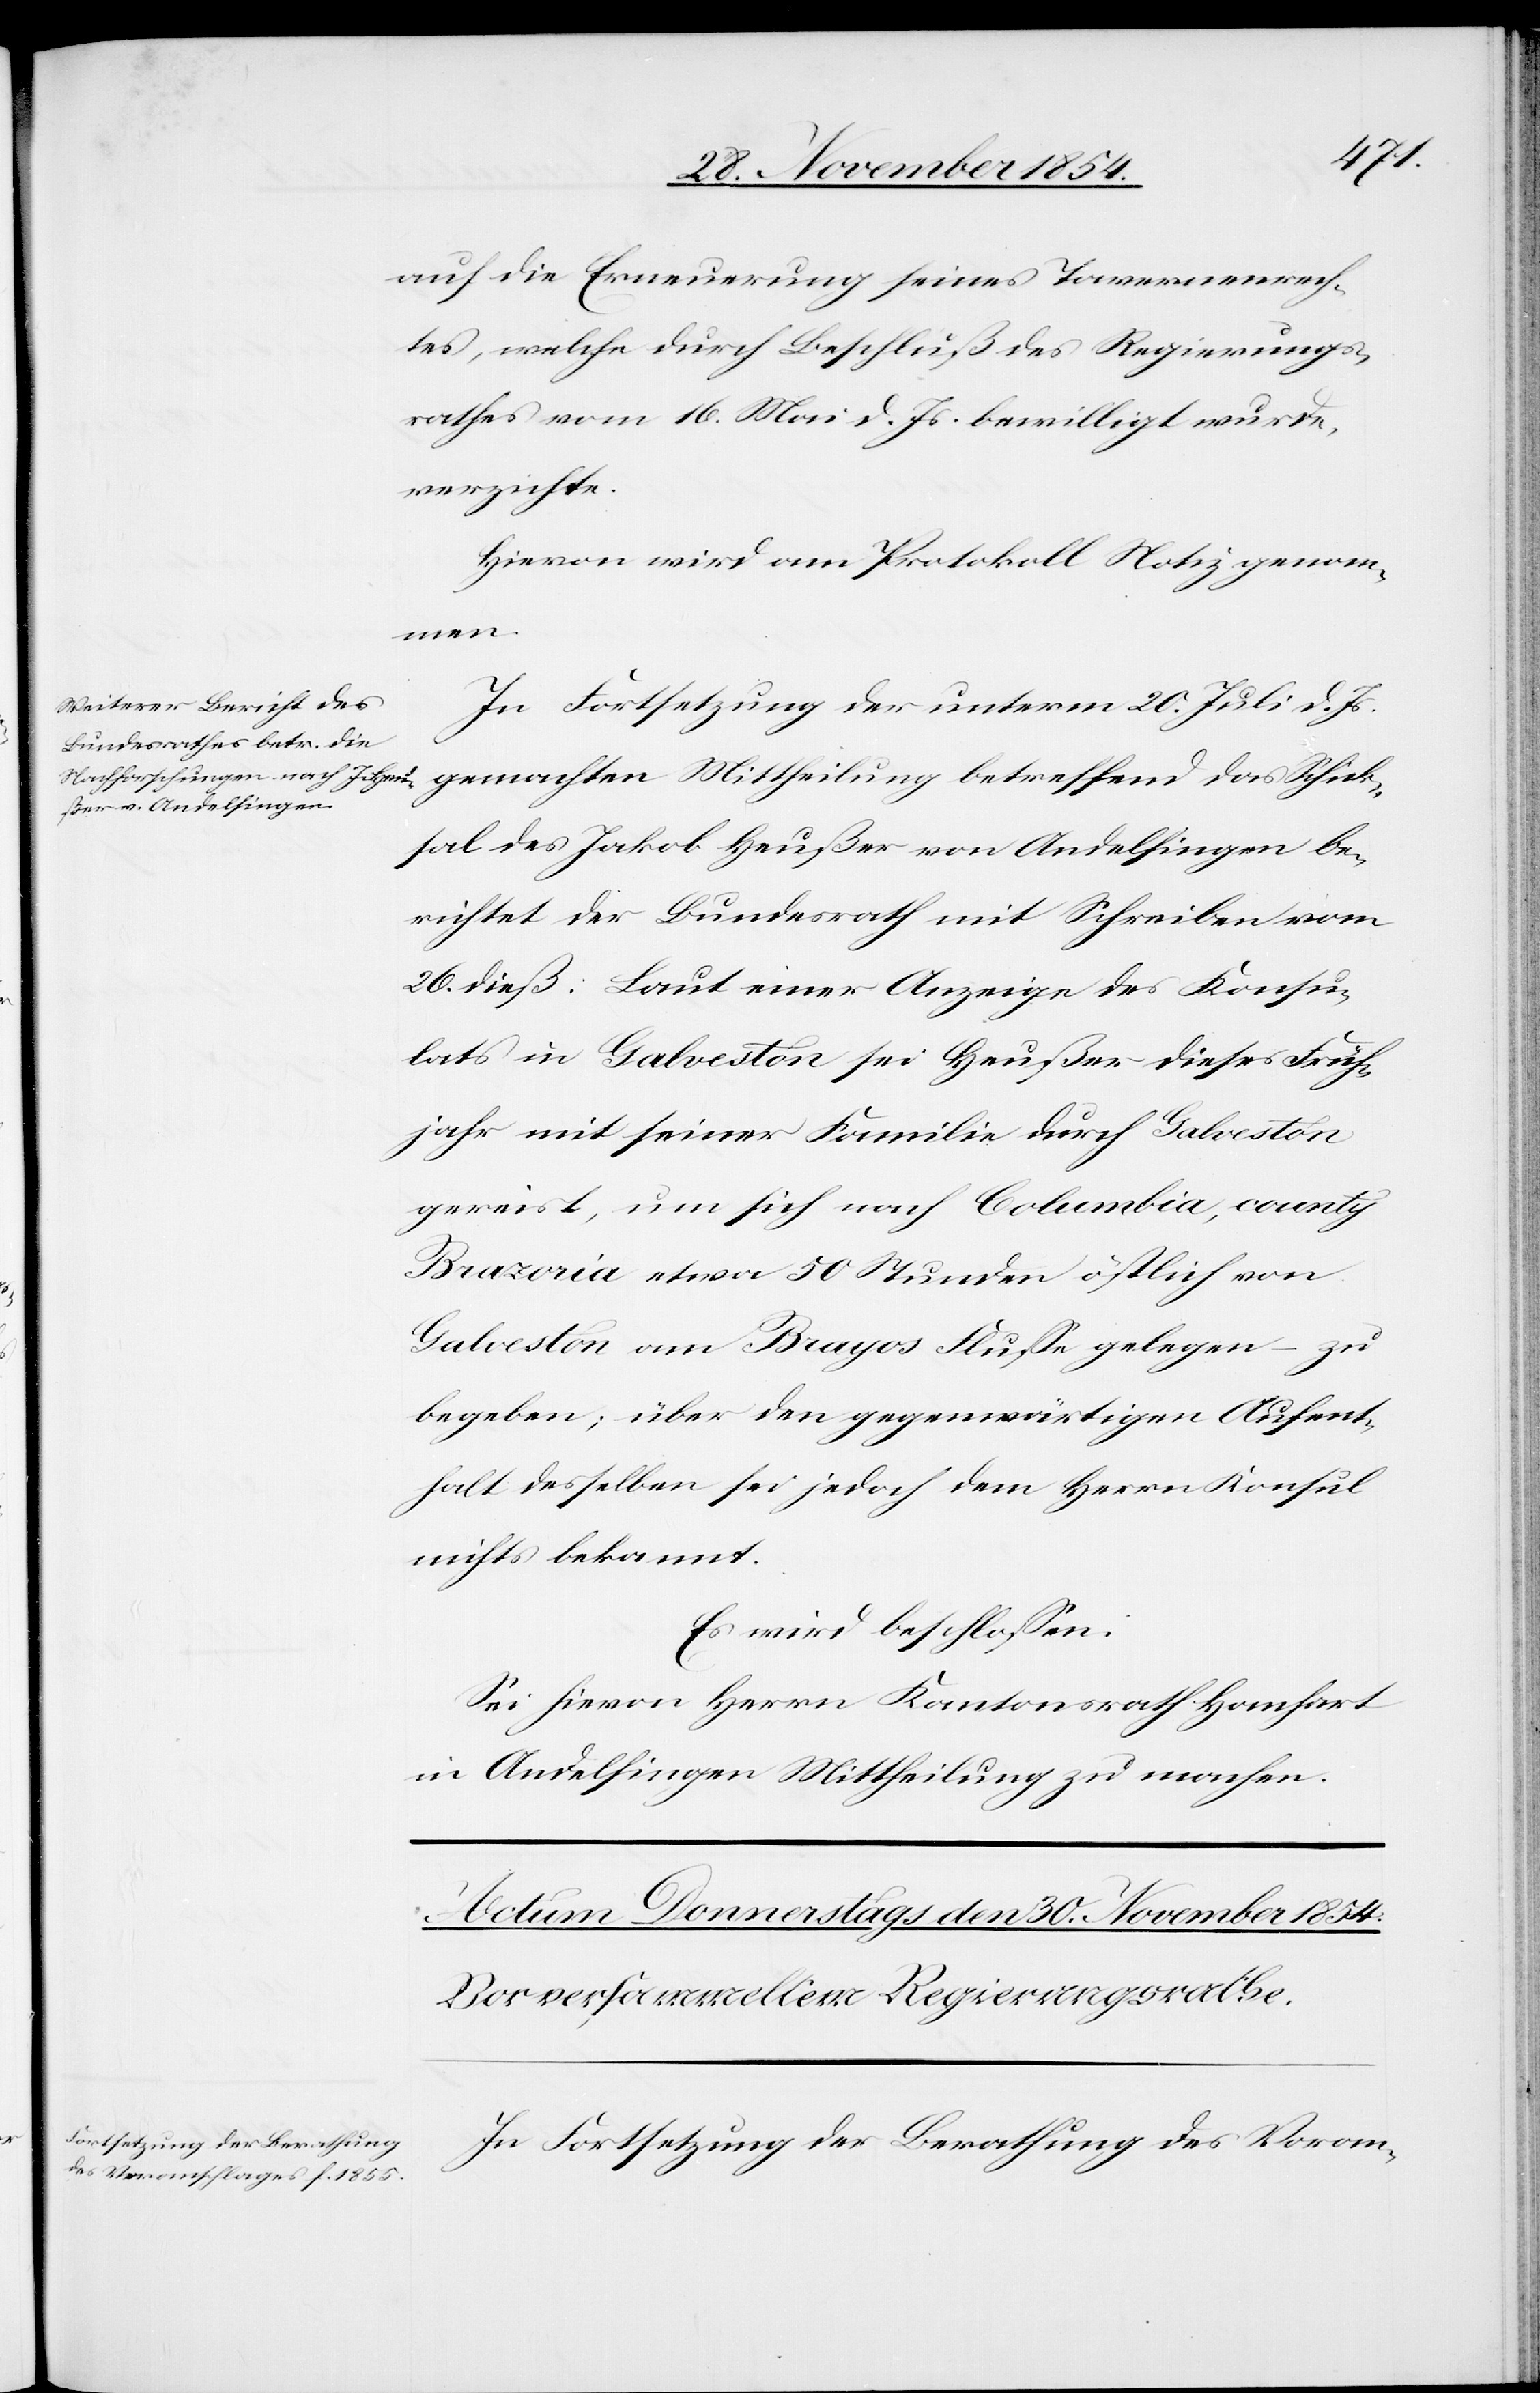
auf die Erneuerung seines Tavernenrech¬
tes, welche durch Beschluß des Regierungs¬
rathes vom 16. Mai d. Js. bewilligt wurde,
verzichte.
Hievon wird am Protokoll Notiz genom¬
men.
In Fortsetzung der unterm 20. Juli d. Js.
gemachten Mittheilung betreffend das Schick¬
sal des Jakob Heußer von Andelfingen be¬
richtet der Bundesrath mit Schreiben vom
26. dieß: Laut einer Anzeige des Konsu¬
lats in Galveston sei Heußer dieses Früh¬
jahr mit seiner Familie durch Galveston
gereist, um sich nach Columbia, county
Brazoria etwa 50 Stunden östlich von
Galveston am Brayos Fluße gelegen, – zu
begeben; über den gegenwärtigen Aufent¬
halt desselben sei jedoch dem Herrn Konsul
nichts bekannt.
Es wird beschloßen:
Sei hievon Herrn Kantonsrath Hanhart
in Andelfingen Mittheilung zu machen.
In Fortsetzung der Berathung des Voran-